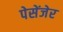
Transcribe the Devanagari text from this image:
पेसेंजेर